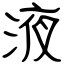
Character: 液